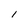
Character: 1